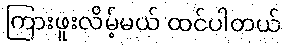
ကြားဖူးလိမ့်မယ် ထင်ပါတယ်